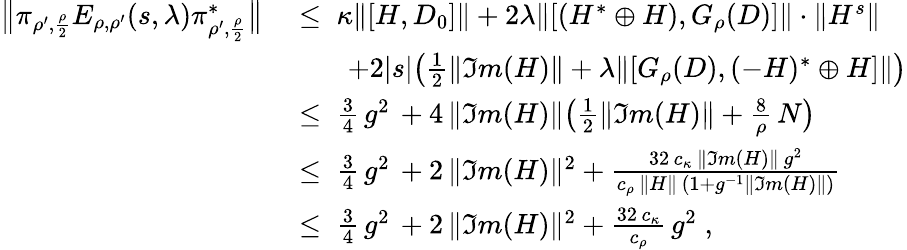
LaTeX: \begin{array}{rl}{\big\| \pi_{\rho^{\prime},\frac{\rho}{2}}E_{\rho,\rho^{\prime}}(s,\lambda)\pi_{\rho^{\prime},\frac{\rho}{2}}^{*}\big\| }&{\; \leq\; \kappa\| [H,D_{0}]\| +2\lambda\| [(H^{*}\oplus H),G_{\rho}(D)]\| \cdot\| H^{s}\| }\\ &{\qquad+2|s|\big(\frac{1}{2}\| \Im m(H)\| +{\lambda\| [G_{\rho}(D)},(-H)^{*}\oplus H]\| \big)}\\ &{\; \leq\; \frac{3}{4}\, g^{2}\, +{4\, \| \Im m(H)\| \big(\frac{1}{2}\| \Im m(H)\| +\frac{8}{\rho}\, N\big)}}\\ &{\; \leq\; \frac{3}{4}\, g^{2}\, +2\, \| \Im m(H)\| ^{2}+\frac{32\, c_{\kappa}\, \| \Im m(H)\| \, g^{2}}{c_{\rho}\, \| H\| \, (1+g^{-1}\| \Im m(H)\| )}}\\ &{\; \leq\; \frac{3}{4}\, g^{2}\, +2\, \| \Im m(H)\| ^{2}+{\frac{32\, c_{\kappa}}{c_{\rho}}\, g^{2}}\; ,}\end{array}